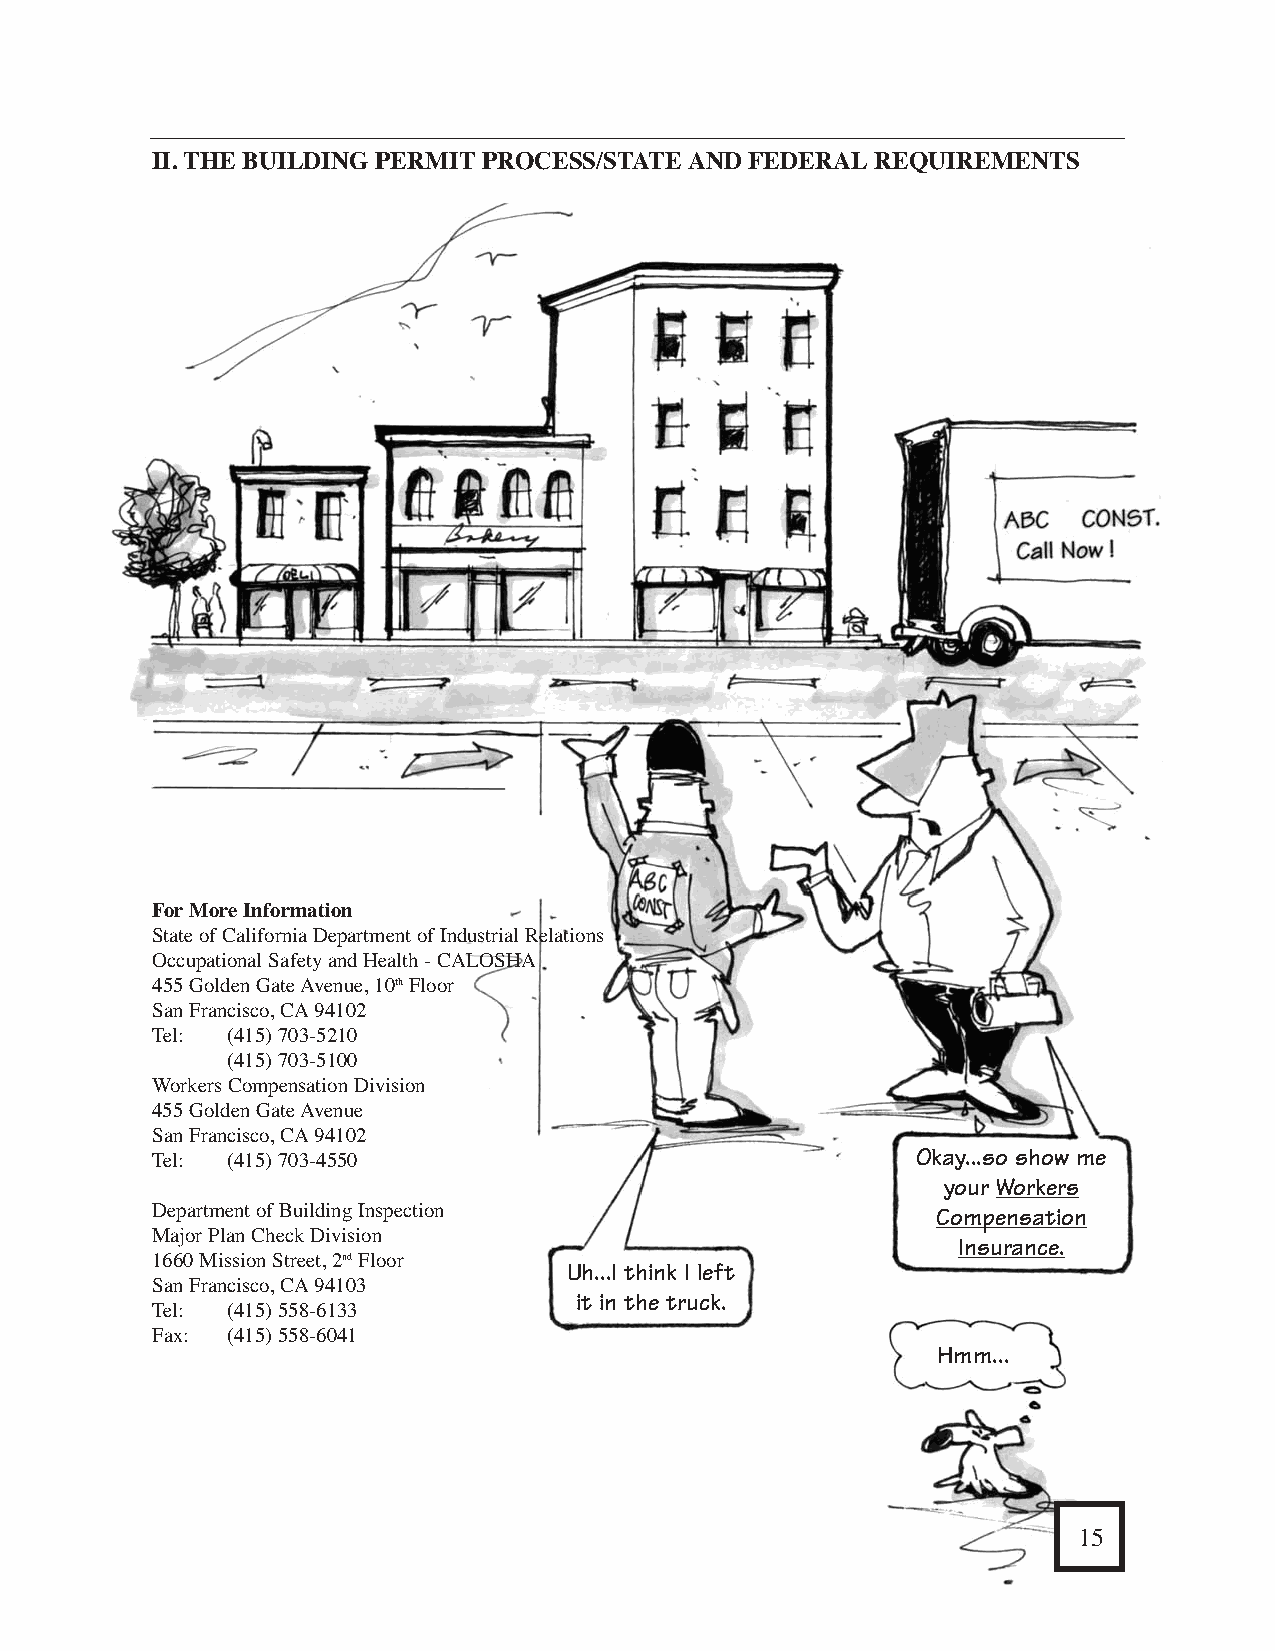
DPW/BSM Permits Division - 875 Stevenson Street                                     II. THEBUILDINGPERMITPROCESS/STATEANDFEDERALREQUIREMENTS
 Most DPWpermits issued at 875 Stevenson Street. Engineers and plan checkers are available for
 consultation about permit requirements. Please call 554-5810 for an appointment. It’s best to apply
 for DPW permits early in the building permit process.
 The following information is available from the DPW/BSM plan examiner at 1660 Mission Street:
 ❑    Checklists stating what should be shown on the plans about the sidewalk, sewer and street
 ❑    DPW permit application forms and information handouts
 The following information is available at the DPW/BSM permit counter at 875 Stevenson Street:
 ❑    DPW Public Works Code
 ❑    Official grade and Dedication Maps
 ❑    DPW Standard Specifications
 ForMore Information
 State of California Department of Industrial Relations
 Occupational Safety and Health - CALOSHA
 455 Golden Gate Avenue, 10thFloor
 San Francisco, CA94102
 Tel: (415) 703-5210
 (415) 703-5100
 Workers Compensation Division
 455 Golden Gate Avenue
 San Francisco, CA94102
 For More Information
 Tel: (415) 703-4550                                Okay...so show me
 your Workers
 Department of Public Works/Bureau of Street Use and Mapping                         Department of Building Inspection                   Compensation
 875 Stevenson Street                                                                Major Plan Check Division
 Insurance.
 San Francisco, CA94103                                                              1660 Mission Street, 2ndFloor
 Uh...I think I left
 San Francisco, CA94103
 it in the truck.
 Tel: (415) 695-2020 (General Information)                                           Tel: (415) 558-6133
 (415) 558-6060 (Street Space Use Only)                                         Fax: (415) 558-6041
 Hmm...
 (415) 554-5800 (Street Use and Mapping)
 Web: WWW. SFDPW. COM
 34                                                                                                                                              15